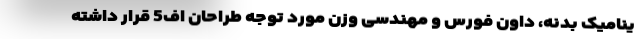
ینامیک بدنه، داون فورس و مهندسی وزن مورد توجه طراحان اف5 قرار داشته